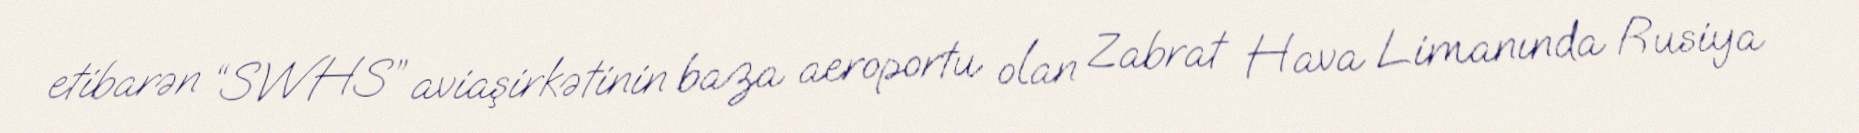
etibarən “SWHS” aviaşirkətinin baza aeroportu olan Zabrat Hava Limanında Rusiya